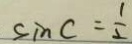
\sin C = \frac { 1 } { 2 }